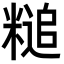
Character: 䊚